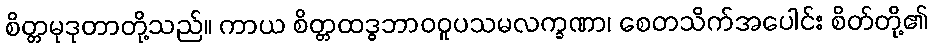
စိတ္တမုဒုတာတို့သည်။ ကာယ စိတ္တထဒ္ဓဘာဝဝူပသမလက္ခဏာ၊ စေတသိက်အပေါင်း စိတ်တို့၏